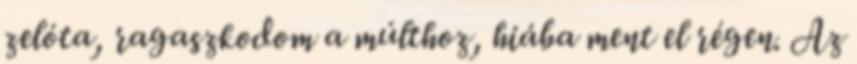
zelóta, ragaszkodom a múlthoz, hiába ment el régen. Az